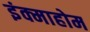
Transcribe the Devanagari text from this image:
इंक्माहोम